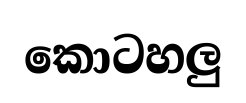
කොටහලු